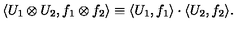
\langle U _ { 1 } \otimes U _ { 2 } , f _ { 1 } \otimes f _ { 2 } \rangle \equiv \langle U _ { 1 } , f _ { 1 } \rangle \cdot \langle U _ { 2 } , f _ { 2 } \rangle .